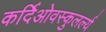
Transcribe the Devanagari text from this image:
कर्दिओवस्कुलर्ल्य